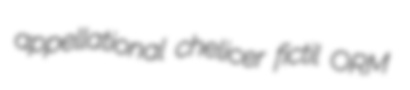
appellational chelicer fictil ORM